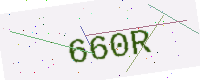
Text: 660R